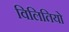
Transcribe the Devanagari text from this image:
विलितियो